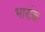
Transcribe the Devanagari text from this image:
भारांक